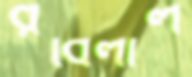
রবিলাল